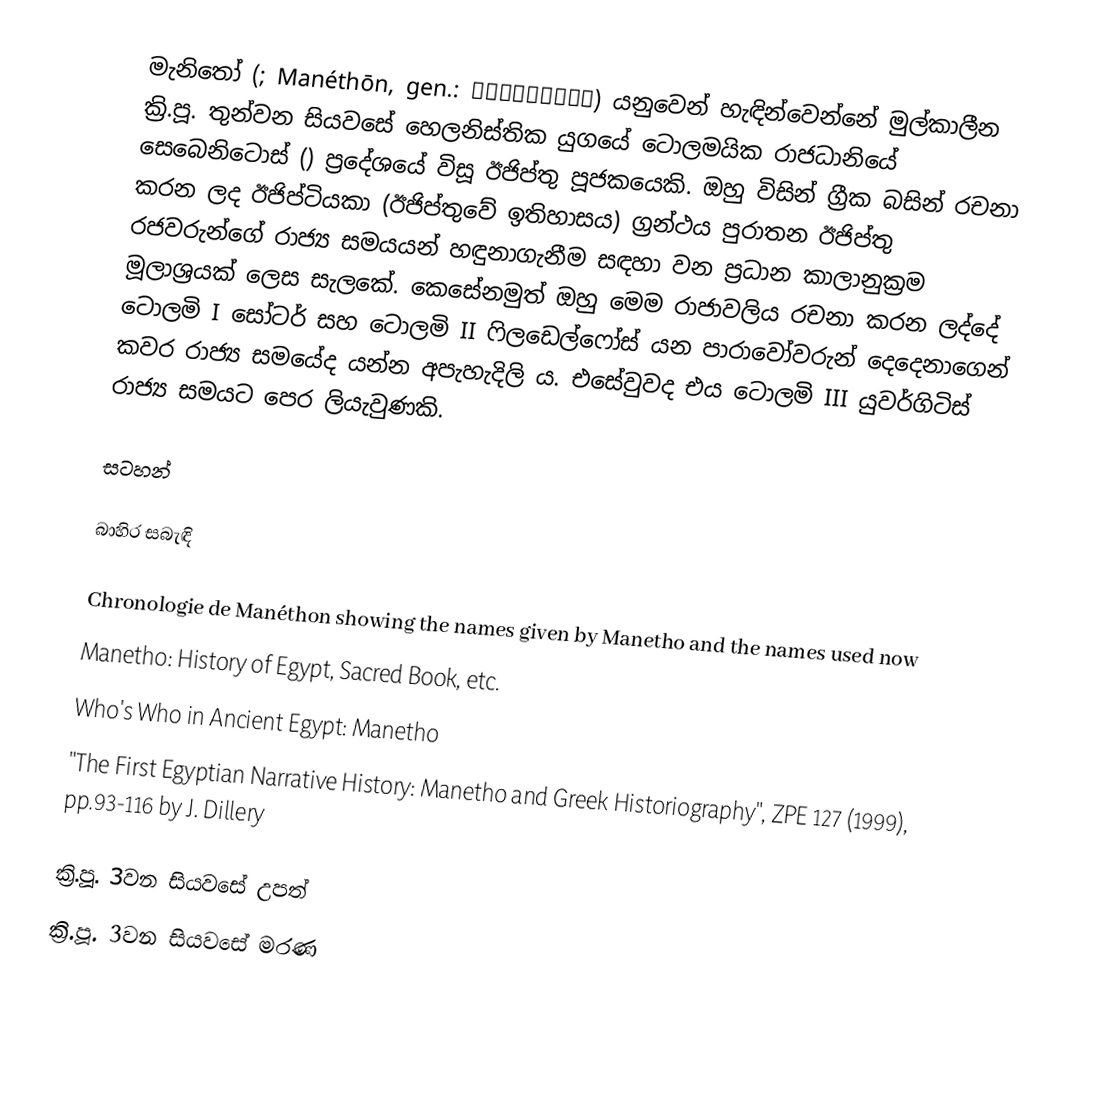
මැනිතෝ (;  Manéthōn, gen.: Μανέθωνος) යනුවෙන් හැඳින්වෙන්නේ මුල්කාලීන ක්‍රි.පූ. තුන්වන සියවසේ හෙලනිස්තික යුගයේ ටොලමයික රාජධානියේ සෙබෙනිටොස් () ප්‍රදේශයේ විසූ ඊජිප්තු පූජකයෙකි. ඔහු විසින් ග්‍රීක බසින් රචනා කරන ලද ඊජිප්ටියකා (ඊජිප්තුවේ ඉතිහාසය) ග්‍රන්ථය පුරාතන ඊජිප්තු රජවරුන්ගේ රාජ්‍ය සමයයන් හඳුනාගැනීම සඳහා වන ප්‍රධාන කාලානුක්‍රම මූලාශ්‍රයක් ලෙස සැලකේ. කෙසේනමුත් ඔහු මෙම රාජාවලිය රචනා කරන ලද්දේ ටොලමි I සෝටර් සහ ටොලමි II ෆිලඩෙල්ෆෝස් යන පාරාවෝවරුන් දෙදෙනාගෙන් කවර රාජ්‍ය සමයේද යන්න අපැහැදිලි ය. එසේවුවද එය ටොලමි III යුවර්ගිටිස් රාජ්‍ය සමයට පෙර ලියැවුණකි.

සටහන්

බාහිර සබැඳි

Chronologie de Manéthon showing the names given by Manetho and the names used now
Manetho: History of Egypt, Sacred Book, etc.
Who's Who in Ancient Egypt: Manetho
"The First Egyptian Narrative History: Manetho and Greek Historiography", ZPE 127 (1999), pp.93-116 by J. Dillery

ක්‍රි.පූ. 3වන සියවසේ උපත්
ක්‍රි.පූ. 3වන සියවසේ මරණ